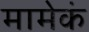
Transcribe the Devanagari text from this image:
मामेकं